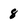
Character: 8